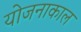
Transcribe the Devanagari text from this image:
योजनाकाल